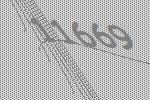
11669